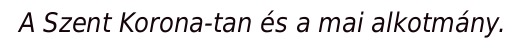
A Szent Korona-tan és a mai alkotmány.